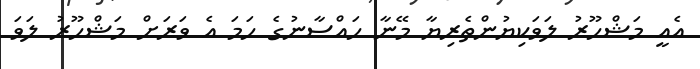
އެއީ މަޝްހޫރު ލަވަކިޔުންތެރިޔާ މޭނާ ހައްސާނުގެ ހަމަ އެ ވަރަށް މަޝްހޫރު ލަވަ